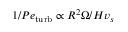
1 / P e _ { \mathrm { t u r b } } \propto R ^ { 2 } \Omega / H v _ { s }